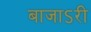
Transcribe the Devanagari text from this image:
बाजाऽरी